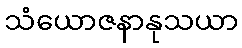
သံယောဇနာနုသယာ